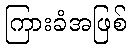
ကြားခံအဖြစ်